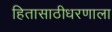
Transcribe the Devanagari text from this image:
हितासाठीधरणाला